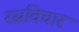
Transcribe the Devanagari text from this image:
रसविचार